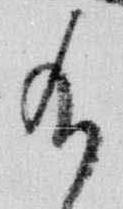
給